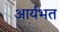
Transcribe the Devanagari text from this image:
आर्यभत